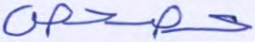
حصحص